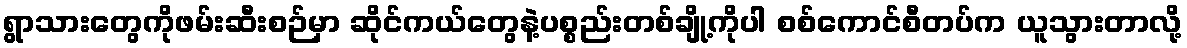
ရွာသားတွေကိုဖမ်းဆီးစဉ်မှာ ဆိုင်ကယ်တွေနဲ့ပစ္စည်းတစ်ချို့ကိုပါ စစ်ကောင်စီတပ်က ယူသွားတာလို့